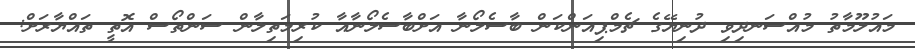
މައުލޫމާތު މުއްސަނދިވި ދުނިޔޭގެ ޗެމްޕިއަންކަން ބާސެލޯނާ އަށްބާސެލޯނާއާ ކުރިމަތިލާން ސަންތޯސް އޮތީ ތައްޔާރަށް: